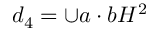
d _ { 4 } = \cup a \cdot b H ^ { 2 }